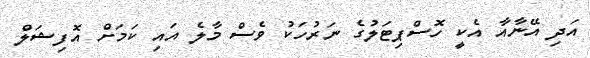
އަދި އޭނާއާ އެކީ ހޮސްޕިޓަލުގެ ނަރުހަކު ވެސް މާލެ އައި ކަމަށް އޮފިޝަލް